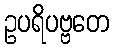
ဥပရိပဗ္ဗတေ